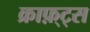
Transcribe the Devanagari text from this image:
क्राफ़्ट्स